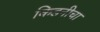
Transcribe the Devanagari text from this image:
किडनीचा